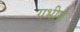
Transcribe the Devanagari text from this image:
गभीरो